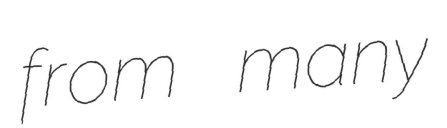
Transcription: from many